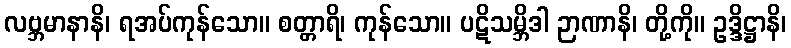
လဗ္ဘမာနာနိ၊ ရအပ်ကုန်သော။ စတ္တာရိ၊ ကုန်သော။ ပဋိသမ္ဘိဒါ ဉာဏာနိ၊ တို့ကို။ ဥဒ္ဒိဋ္ဌာနိ၊